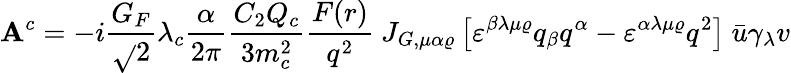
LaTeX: {\cal\mathbf{A}}^{c}=-i\frac{{G_{F}}}{{\sqrt{}{{2}}}}\lambda_{c}\frac{{\alpha}}{{2\pi}}\frac{{C_{2}Q_{c}}}{{3m_{c}^{2}}}\frac{{F(r)}}{{q^{2}}}\ J_{G,\mu\alpha\varrho}\left[\varepsilon^{\beta\lambda\mu\varrho}q_{\beta}q^{\alpha}-\varepsilon^{\alpha\lambda\mu\varrho}q^{2}\right]\ \bar{{u}}\gamma_{\lambda}v